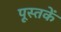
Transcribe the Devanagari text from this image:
पूस्‍तकें